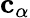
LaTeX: {\mathbf{c}}_{\alpha}